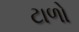
ટાળો